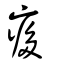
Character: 痑